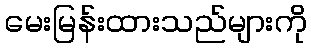
မေးမြန်းထားသည်များကို